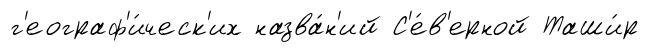
г'еограф'и́ческ'их назва́н'ий С'е́в'ерной Таши́р